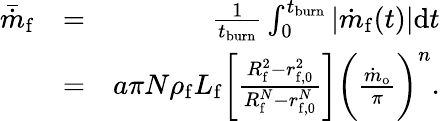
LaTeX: \begin{array}{rlr}{\bar{\dot{m}}_{\mathrm{f}}}&{=}&{\frac{1}{t_{\mathrm{burn}}}\int_{0}^{t_{\mathrm{burn}}}\left\vert\dot{m}_{\mathrm{f}}(t)\right\vert\mathrm{d}t}\\ &{=}&{a\pi N\rho_{\mathrm{f}}L_{\mathrm{f}}\bigg[\frac{R_{\mathrm{f}}^{2}-r_{\mathrm{f,0}}^{2}}{R_{\mathrm{f}}^{N}-r_{\mathrm{f,0}}^{N}}\bigg]\bigg(\frac{\dot{m}_{\mathrm{o}}}{\pi}\bigg)^{n}.}\end{array}